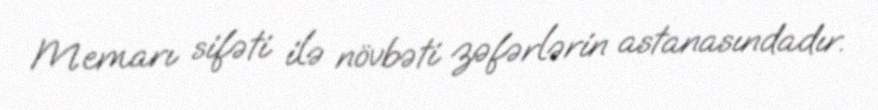
Memarı sifəti ilə növbəti zəfərlərin astanasındadır.